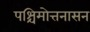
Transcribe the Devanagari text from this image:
पश्चिमोत्तनासन